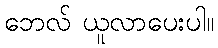
ဘေလ် ယူလာပေးပါ။